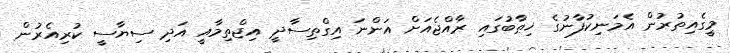
މީގެއިތުރުން އެމަނިކުފާނުގެ ޚިޠާބުގައި ރާއްޖެއަށް އަންނަ އިގްތިސާދީ އިޖްތިމާއީ އަދި ސިޔާސީ ކުރިއެރުން